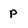
Character: p